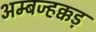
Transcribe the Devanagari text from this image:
अम्बज्हक्कड़